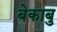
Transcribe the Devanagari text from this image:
बेकाबु